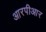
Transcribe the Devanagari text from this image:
आरपीआर